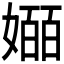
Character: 𫱯